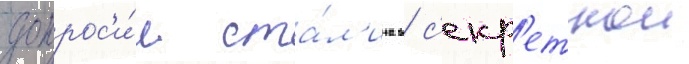
допрос'и́л ста́л'ина в с'екр'етнои